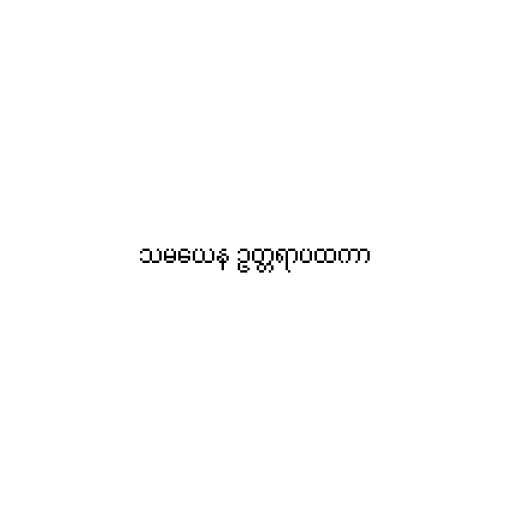
သမယေန ဥတ္တရာပထကာ